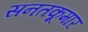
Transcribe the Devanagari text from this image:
सनतकूमार